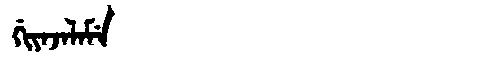
Manchu: ᡤᡳᠶᠠᠵᠠᠯᠠᠮᡝ
Romanization: GIYAJALAME